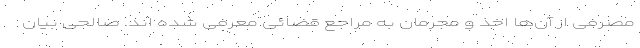
مصرفی از آن‌ها اخذ و مجرمان به مراجع قضائی معرفی شده اند. صالحی بیان